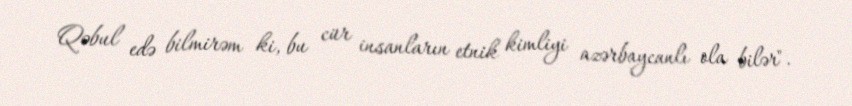
Qəbul edə bilmirəm ki, bu cür insanların etnik kimliyi azərbaycanlı ola bilər".